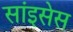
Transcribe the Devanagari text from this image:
सांइसेस